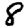
Digit: 8